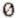
0